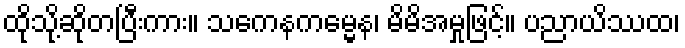
ထိုသို့ဆိုတပြီးကား။ သကေနကမ္မေန၊ မိမိအမှုဖြင့်။ ပညာယိဿထ၊